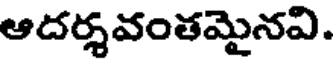
ఆదర్శవంతమైనవి.